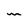
Character: m